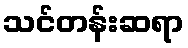
သင်တန်းဆရာ